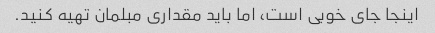
اینجا جای خوبی است، اما باید مقداری مبلمان تهیه کنید.